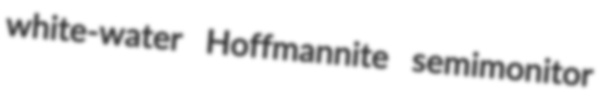
white-water Hoffmannite semimonitor